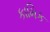
કામિક